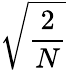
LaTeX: \sqrt{\frac{2}{N}}